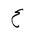
Letter: _ayn